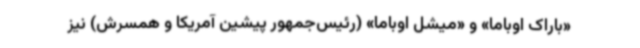
«باراک اوباما» و «میشل اوباما» (رئیس‌جمهور پیشین آمریکا و همسرش) نیز